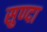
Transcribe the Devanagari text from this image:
सुण्दा